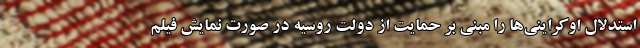
استدلال اوکراینی‌ها را مبنی بر حمایت از دولت روسیه در صورت نمایش فیلم